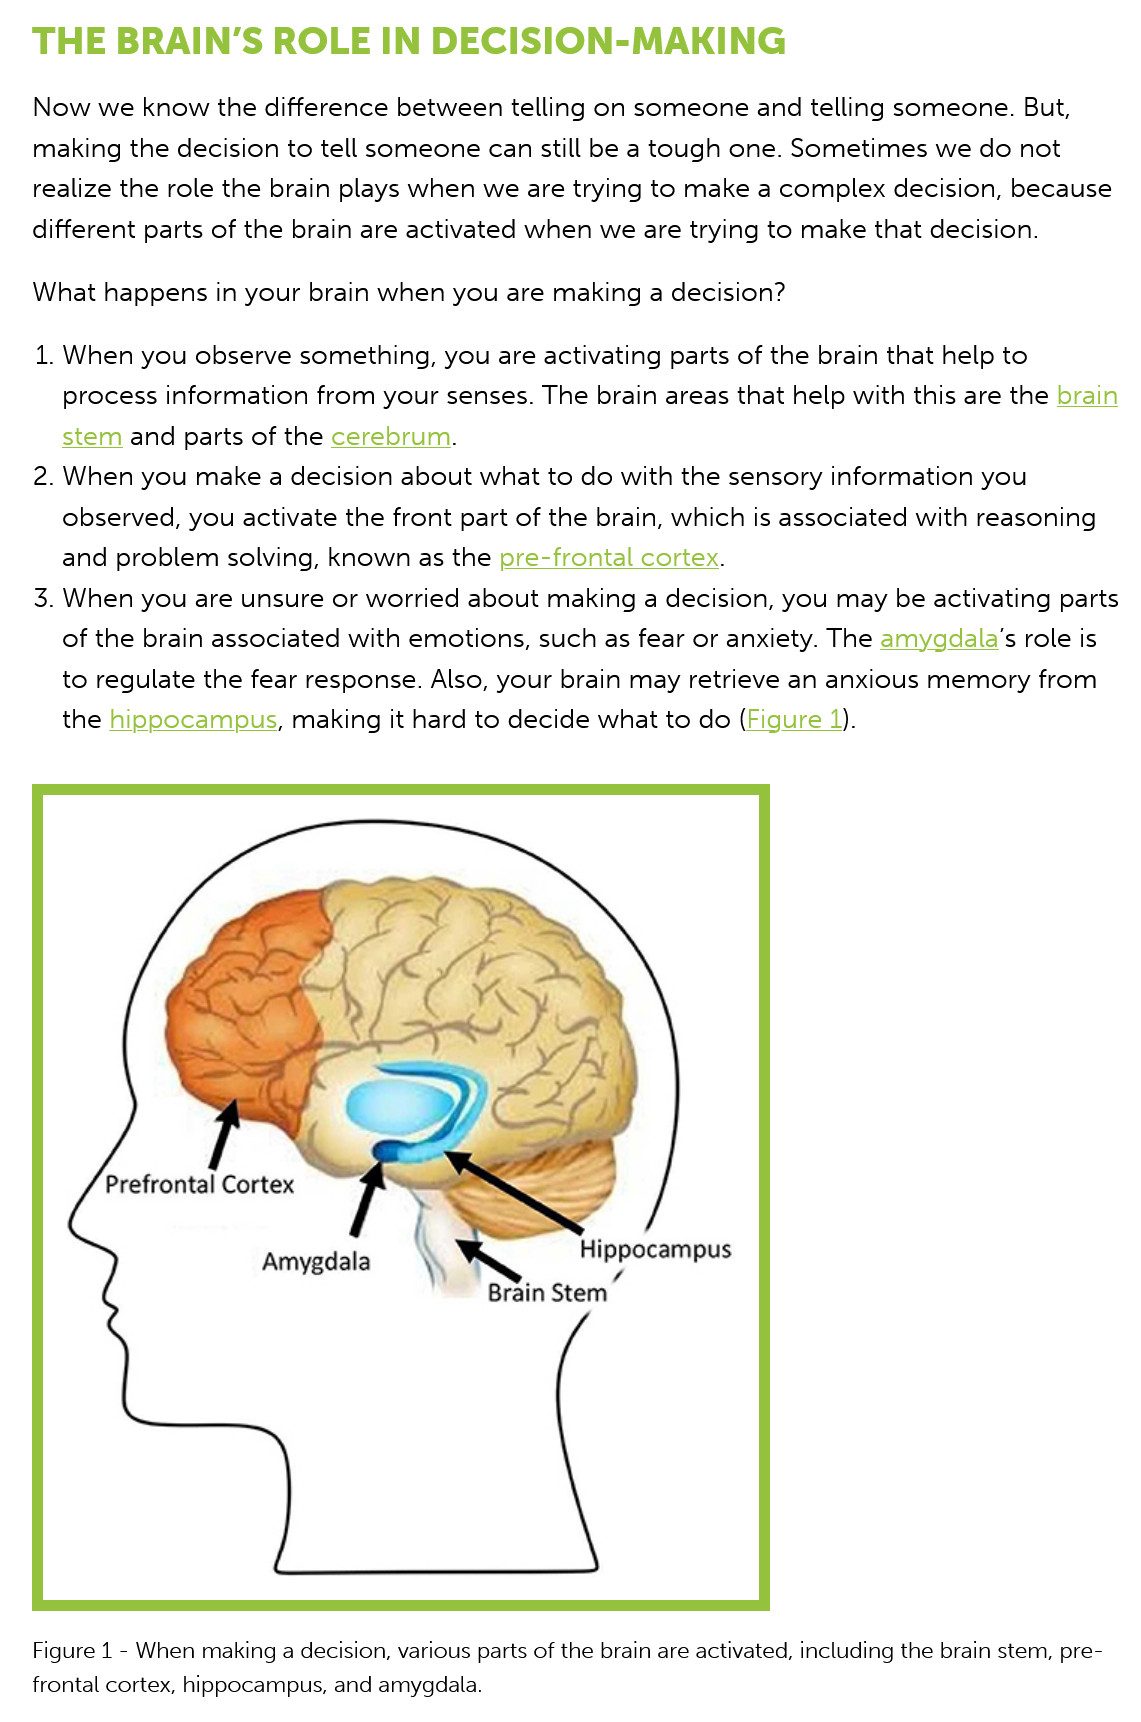
THE  BRAIN’S    ROLE    IN  DECISION-MAKING
   Now   we know the   difference between telling on  someone and  telling someone.  But,
   making  the decision  to tell someone can still be a tough one. Sometimes   we  do not
   realize the role the brain plays when we are  trying to make a complex  decision, because
   different parts of the brain are activated when we are trying to make that  decision.
   What  happens in  your brain when you   are making  a decision?
    1. When you  observe  something,  you are activating parts of the brain that help to
     process  information from  your senses. The  brain areas that help with this are the brain
     stem and parts  of the cerebrum.
   2. When  you  make a  decision about  what to do  with the sensory information  you
     observed, you  activate the front part of the brain, which is associated with reasoning
     and problem   solving, known as the  pre-frontal cortex.
   3. When  you  are unsure or worried  about making   a decision, you may be  activating parts
     of the brain associated with emotions,  such as fear or anxiety. The amygdala’s  role is
     to regulate the fear response. Also, your brain may retrieve an anxious memory    from
     the hippocampus,   making it hard to decide  what to do  (Figure 1).
     Prefrontal Cortex
     Amygdala
     Hippocampus
     if
     Brain Stem
   Figure 1
     -
     When  making a decision, various parts of the brain are activated, including the brain stem, pre-
   frontal cortex, hippocampus, and amygdala.